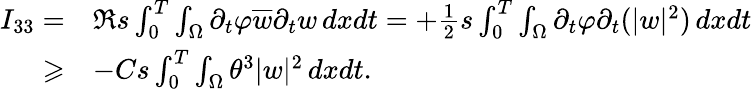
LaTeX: \begin{array}{rl}{I_{33}=}&{\Re s\int_{0}^{T}\int_{\Omega}\partial_{t}\varphi\overline{{w}}\partial_{t}w\, dxdt=+\frac{1}{2}s\int_{0}^{T}\int_{\Omega}\partial_{t}\varphi\partial_{t}(|w|^{2})\, dxdt}\\ {\geqslant}&{-Cs\int_{0}^{T}\int_{\Omega}\theta^{3}|w|^{2}\, dxdt.}\end{array}